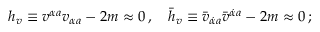
h _ { v } \equiv v ^ { \alpha a } v _ { \alpha a } - 2 m \approx 0 \, , \quad \bar { h } _ { v } \equiv \bar { v } _ { \dot { \alpha } a } \bar { v } ^ { \dot { \alpha } a } - 2 m \approx 0 \, ;